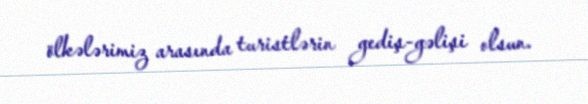
ölkələrimiz arasında turistlərin gediş-gəlişi olsun.